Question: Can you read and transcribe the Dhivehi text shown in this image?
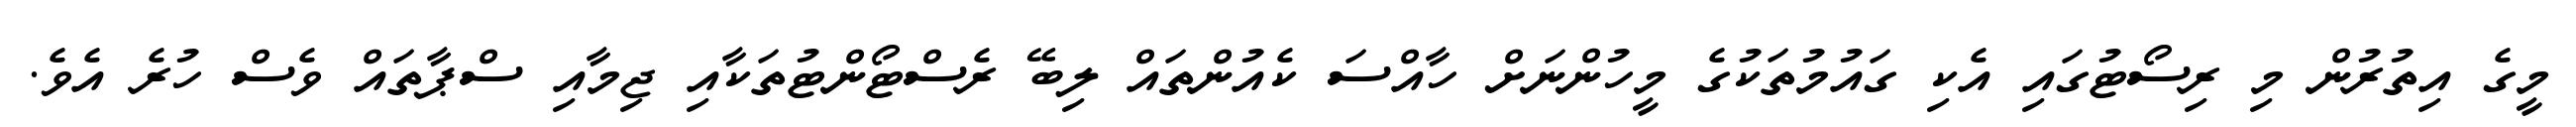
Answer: މީގެ އިތުރުން މި ރިސޯޓުގައި އެކި ގައުމުތަކުގެ މީހުންނަށް ހާއްސަ ކެއުންތައް ލިބޭ ރެސްޓޯންޓުތަކާއި ޖިމާއި ސްޕާތައް ވެސް ހުރެ އެވެ.